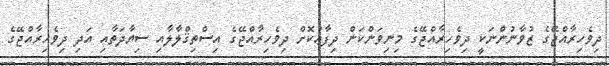
ދިވެހިރާއްޖޭގެ ޒުވާނުންނަކީ ދިވެހިރާއްޖޭގެ މިނިވަންކަން ދިފާޢުކޮށް ދިވެހިރާއްޖޭގެ އިސްތިޤްލާލާއި ސިޔާދަތާއި އަދި ދިވެހިރާއްޖޭގެ